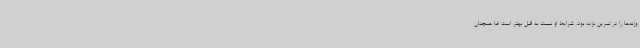
وزنه‌ها را در تمرین نزده بود. شرایط او نسبت به قبل بهتر است اما همچنان